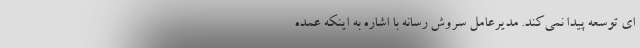
ای توسعه پیدا نمی‌کند. مدیرعامل سروش رسانه با اشاره به اینکه عمده